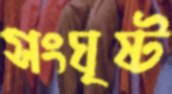
সংঘৃষ্ট